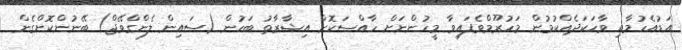
އަޑުއެހުމާއި ވާހަކަދެއްކުމުން މަހުރޫމްވެފައިވާ މީހުންނަށް ހާއްސަކޮށް އިޝާރާތު ބަހުން (ސައިން ލެންގްވޭޖް) ބޭނުންކޮށްގެން